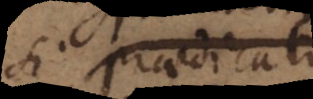
se praedicati